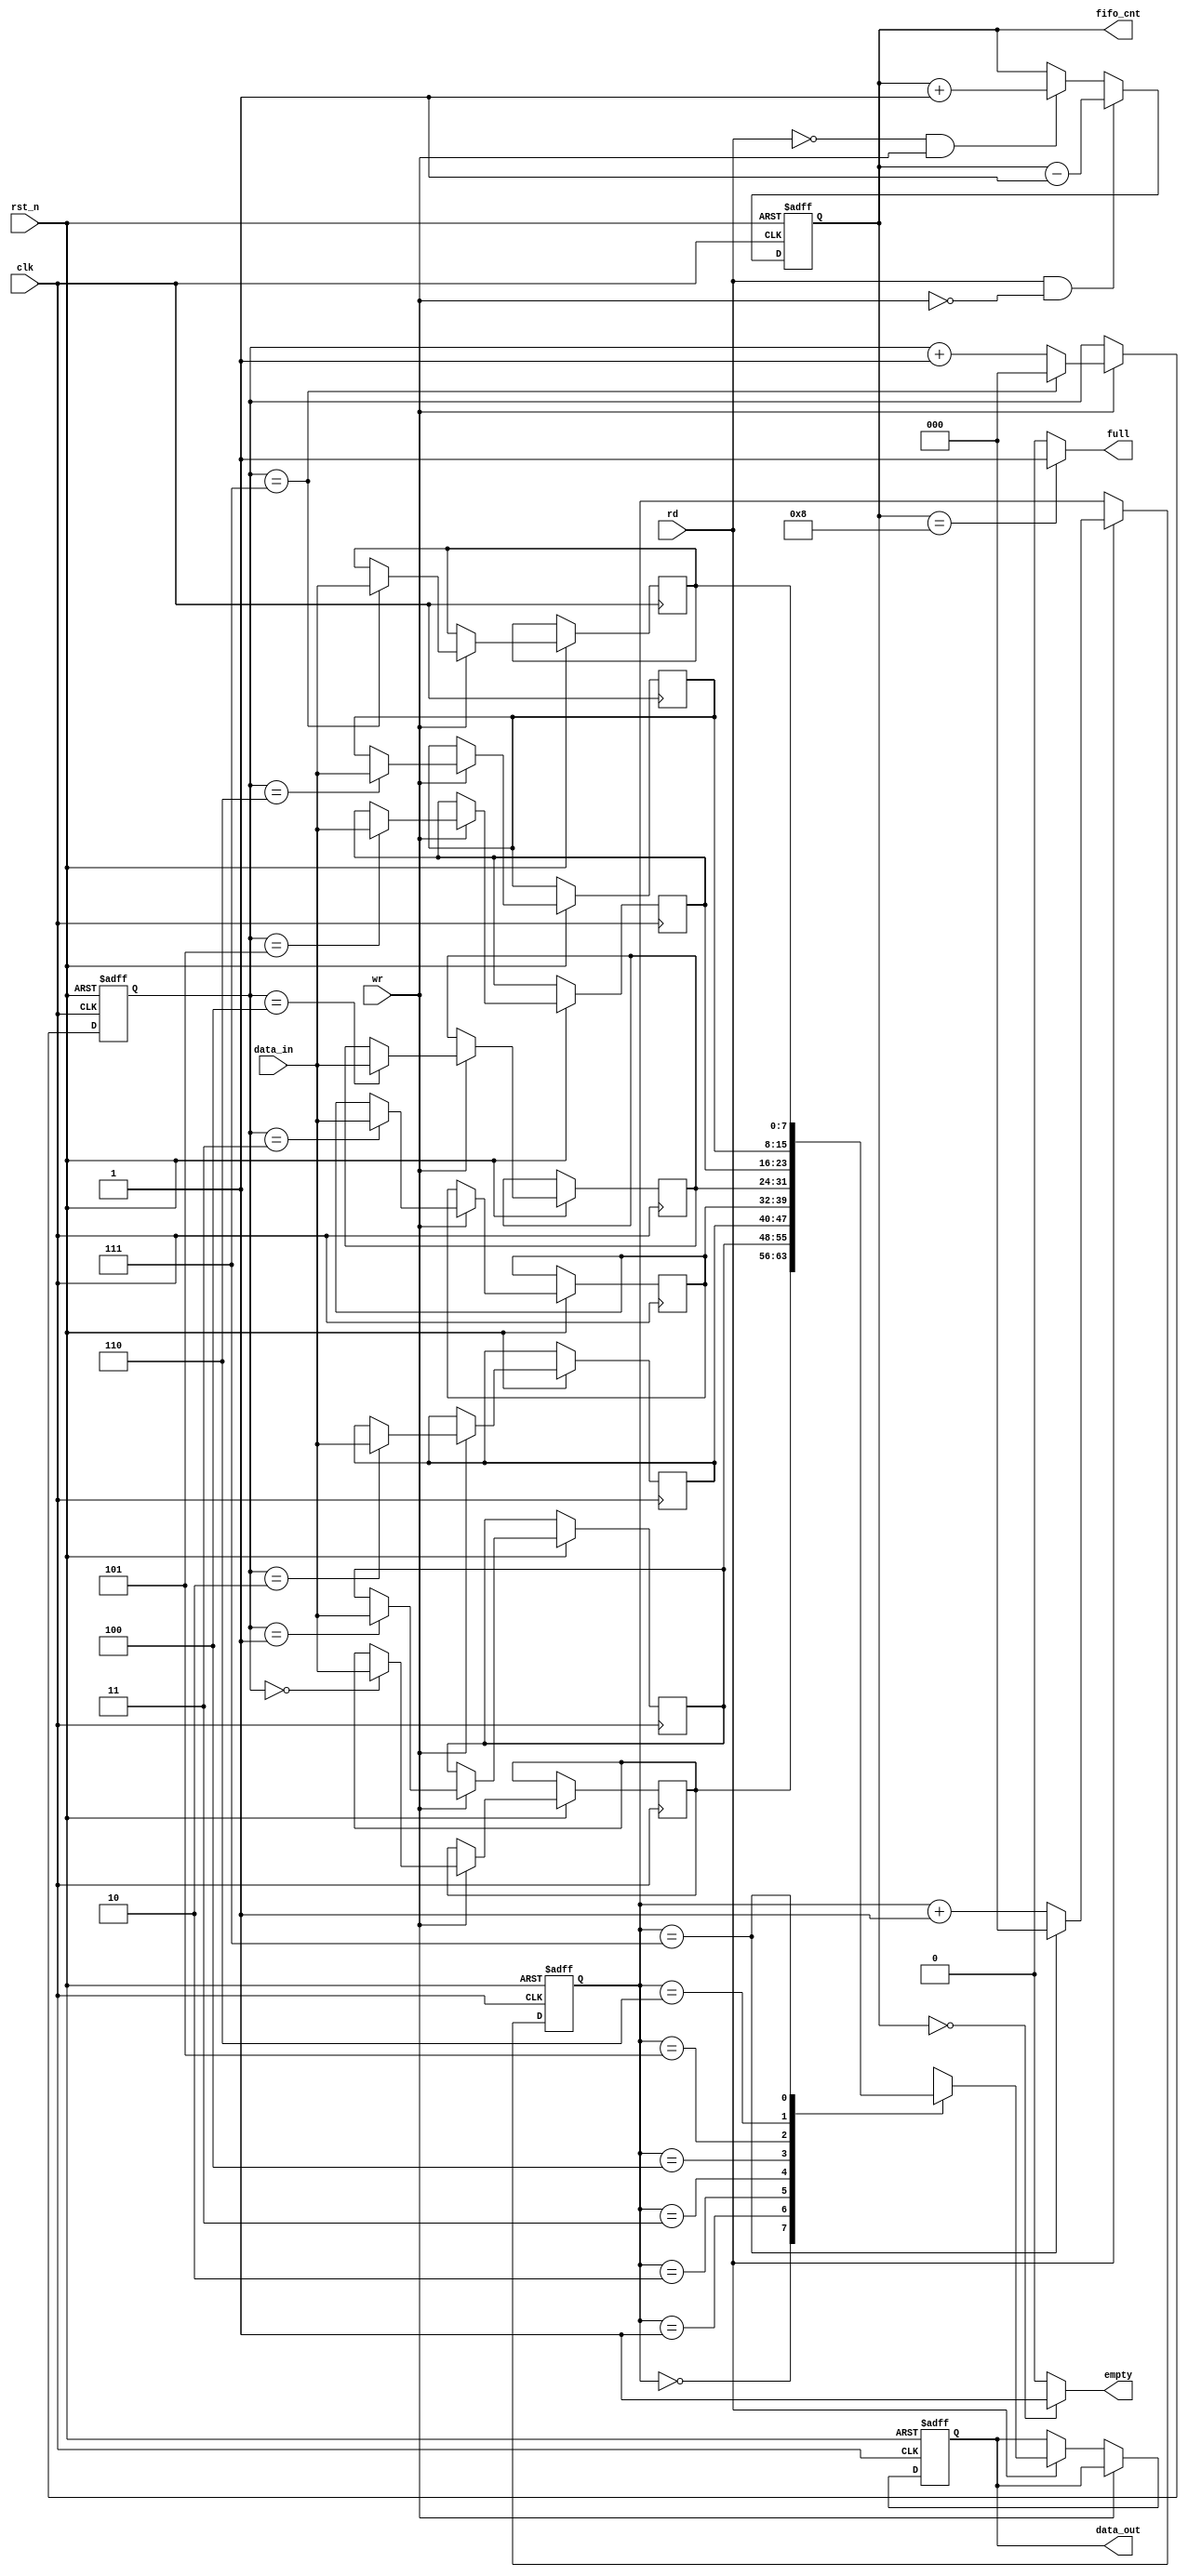
`timescale 1ns / 1ps
//////////////////////////////////////////////////////////////////////////////////
// Company: 
// Engineer: 
// 
// Design Name: 
// Module Name: fifo
// Project Name: 
// Target Devices: 
// Tool Versions: 
// Description: 
// 
// Dependencies: 
// 
// Revision:
// Revision 0.01 - File Created
// Additional Comments:
// 
//////////////////////////////////////////////////////////////////////////////////


module fifo(
	clk,
	rst_n,
	data_in,
	wr,
	rd,
	full,
	empty,
	data_out,
	fifo_cnt);

	input clk;
	input rst_n;
	input [7:0] data_in;
	input wr;
	input rd;
	output full;
	output empty;
	output [7:0] data_out;
	output [3:0] fifo_cnt;

	wire clk;
	wire rst_n;
	wire [7:0] data_in;
	wire wr;
	wire rd;
	wire full;
	wire empty;
	reg [7:0] data_out;
	reg [3:0] fifo_cnt;

	`define DEL 1 // Clock-to-output delay
	
	reg [7:0] fifo_ram[0:7];  // fifo_ram initialized
	reg [2:0] rd_ptr;  // Read pointer
	reg [2:0] wr_ptr;  // Write pointer 
	
	assign empty = ( fifo_cnt == 0 ) ? 1 : 0;  //Empty signal
	assign full  = ( fifo_cnt == 8 ) ? 1 : 0;  //Full signal
	
	// fifo_cnt changed
	// While rd is valid, cnt--
	// While wr is valid, cnt++
	always @( posedge clk or negedge rst_n) begin
	  if( ~rst_n ) begin
	    fifo_cnt <= #`DEL 4'h0;
	  end
	  else if( rd && ~wr ) begin
	    fifo_cnt <= #`DEL fifo_cnt - 1;
	  end
	  else if( ~rd && wr ) begin
	    fifo_cnt <= #`DEL fifo_cnt + 1;
	  end
	  else begin 
	    fifo_cnt <= fifo_cnt;
	  end
	end      
	
	// Increment of rd_ptr 
	// Check if the read pointer has gone beyond the depth of fifo  
	always @( posedge clk or negedge rst_n) begin
	  if( ~rst_n ) begin
	    rd_ptr <= #`DEL 3'h0;
	  end
	  else if( rd ) begin
	    if( rd_ptr == 3'h7 ) begin
	      rd_ptr <= #`DEL 3'h0;
	    end
	    else begin
	      rd_ptr <= #`DEL rd_ptr +1;
	    end
	  end
	  else begin
	    rd_ptr <= rd_ptr;
	  end
	end    
	
	// Increment of wr_ptr 
	// Check if the write pointer has gone beyond the depth of fifo  
	always @( posedge clk or negedge rst_n) begin
	  if( ~rst_n ) begin
	    wr_ptr <= #`DEL 3'h0;
	  end
	  else if( wr ) begin
	    if( wr_ptr == 3'h7 ) begin
	      wr_ptr <= #`DEL 3'h0;
	    end
	    else begin
	      wr_ptr <= #`DEL wr_ptr +1;
	    end
	  end
	  else begin
	    wr_ptr <= wr_ptr;
	  end
	end 
	
	//
	// Deal with the data 
	//
	always @( posedge clk or negedge rst_n) begin
	  if( ~rst_n ) begin
	    data_out <= #`DEL 8'h0;
	  end
	  else if( wr ) begin
	    fifo_ram[wr_ptr] <= #`DEL data_in;
	  end
	  else if( rd ) begin 
	    data_out <= #`DEL fifo_ram[rd_ptr];
	  end
	end      
	
	
endmodule    //fifo